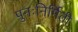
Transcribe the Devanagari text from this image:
पुनःनिर्मिती